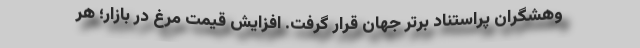
وهشگران پراستناد برتر جهان قرار گرفت. افزایش قیمت مرغ در بازار؛ هر